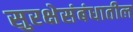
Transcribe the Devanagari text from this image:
सुरक्षेसंबंधातील